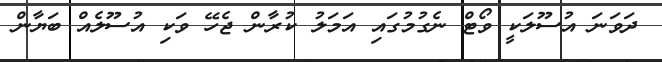
ދަވަނަ އުސޫލަކީ ވޯޓް ނެގުމުގައި އަމަލު ކުރާން ޖެހޭ ވަކި އުސޫލެއް ބަޔާން